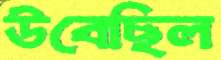
উবেছিল